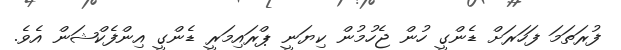
ފުރަތަމަ ފަހަރަށް ޑެންގީ ހުން ޖެހުމުން ކިޔަނީ ޕްރައިމަރީ ޑެންގީ އިންފެކްޝަން އެވެ.